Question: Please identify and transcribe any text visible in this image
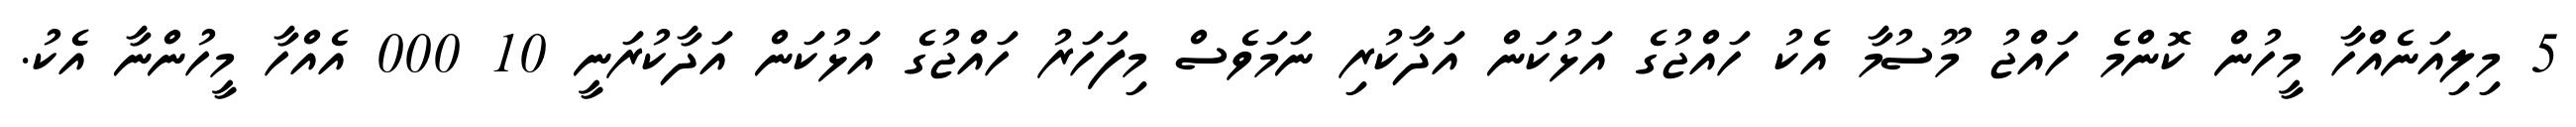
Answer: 5 މިލިއަނެއްހާ މީހުން ކޮންމެ ހައްޖު މޫސުމާ އެކު ހައްޖުގެ އަޅުކަން އަދާކުރި ނަމަވެސް މިފަހަރު ހައްޖުގެ އަޅުކަން އަދާކުރަނީ 10 000 އެއްހާ މީހުންނާ އެކު.